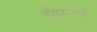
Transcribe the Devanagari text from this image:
ईएमएफ